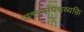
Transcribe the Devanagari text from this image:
सत्तासंपन्नव्यक्ति